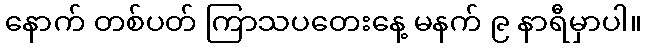
နောက် တစ်ပတ် ကြာသပတေးနေ့ မနက် ၉ နာရီမှာပါ။